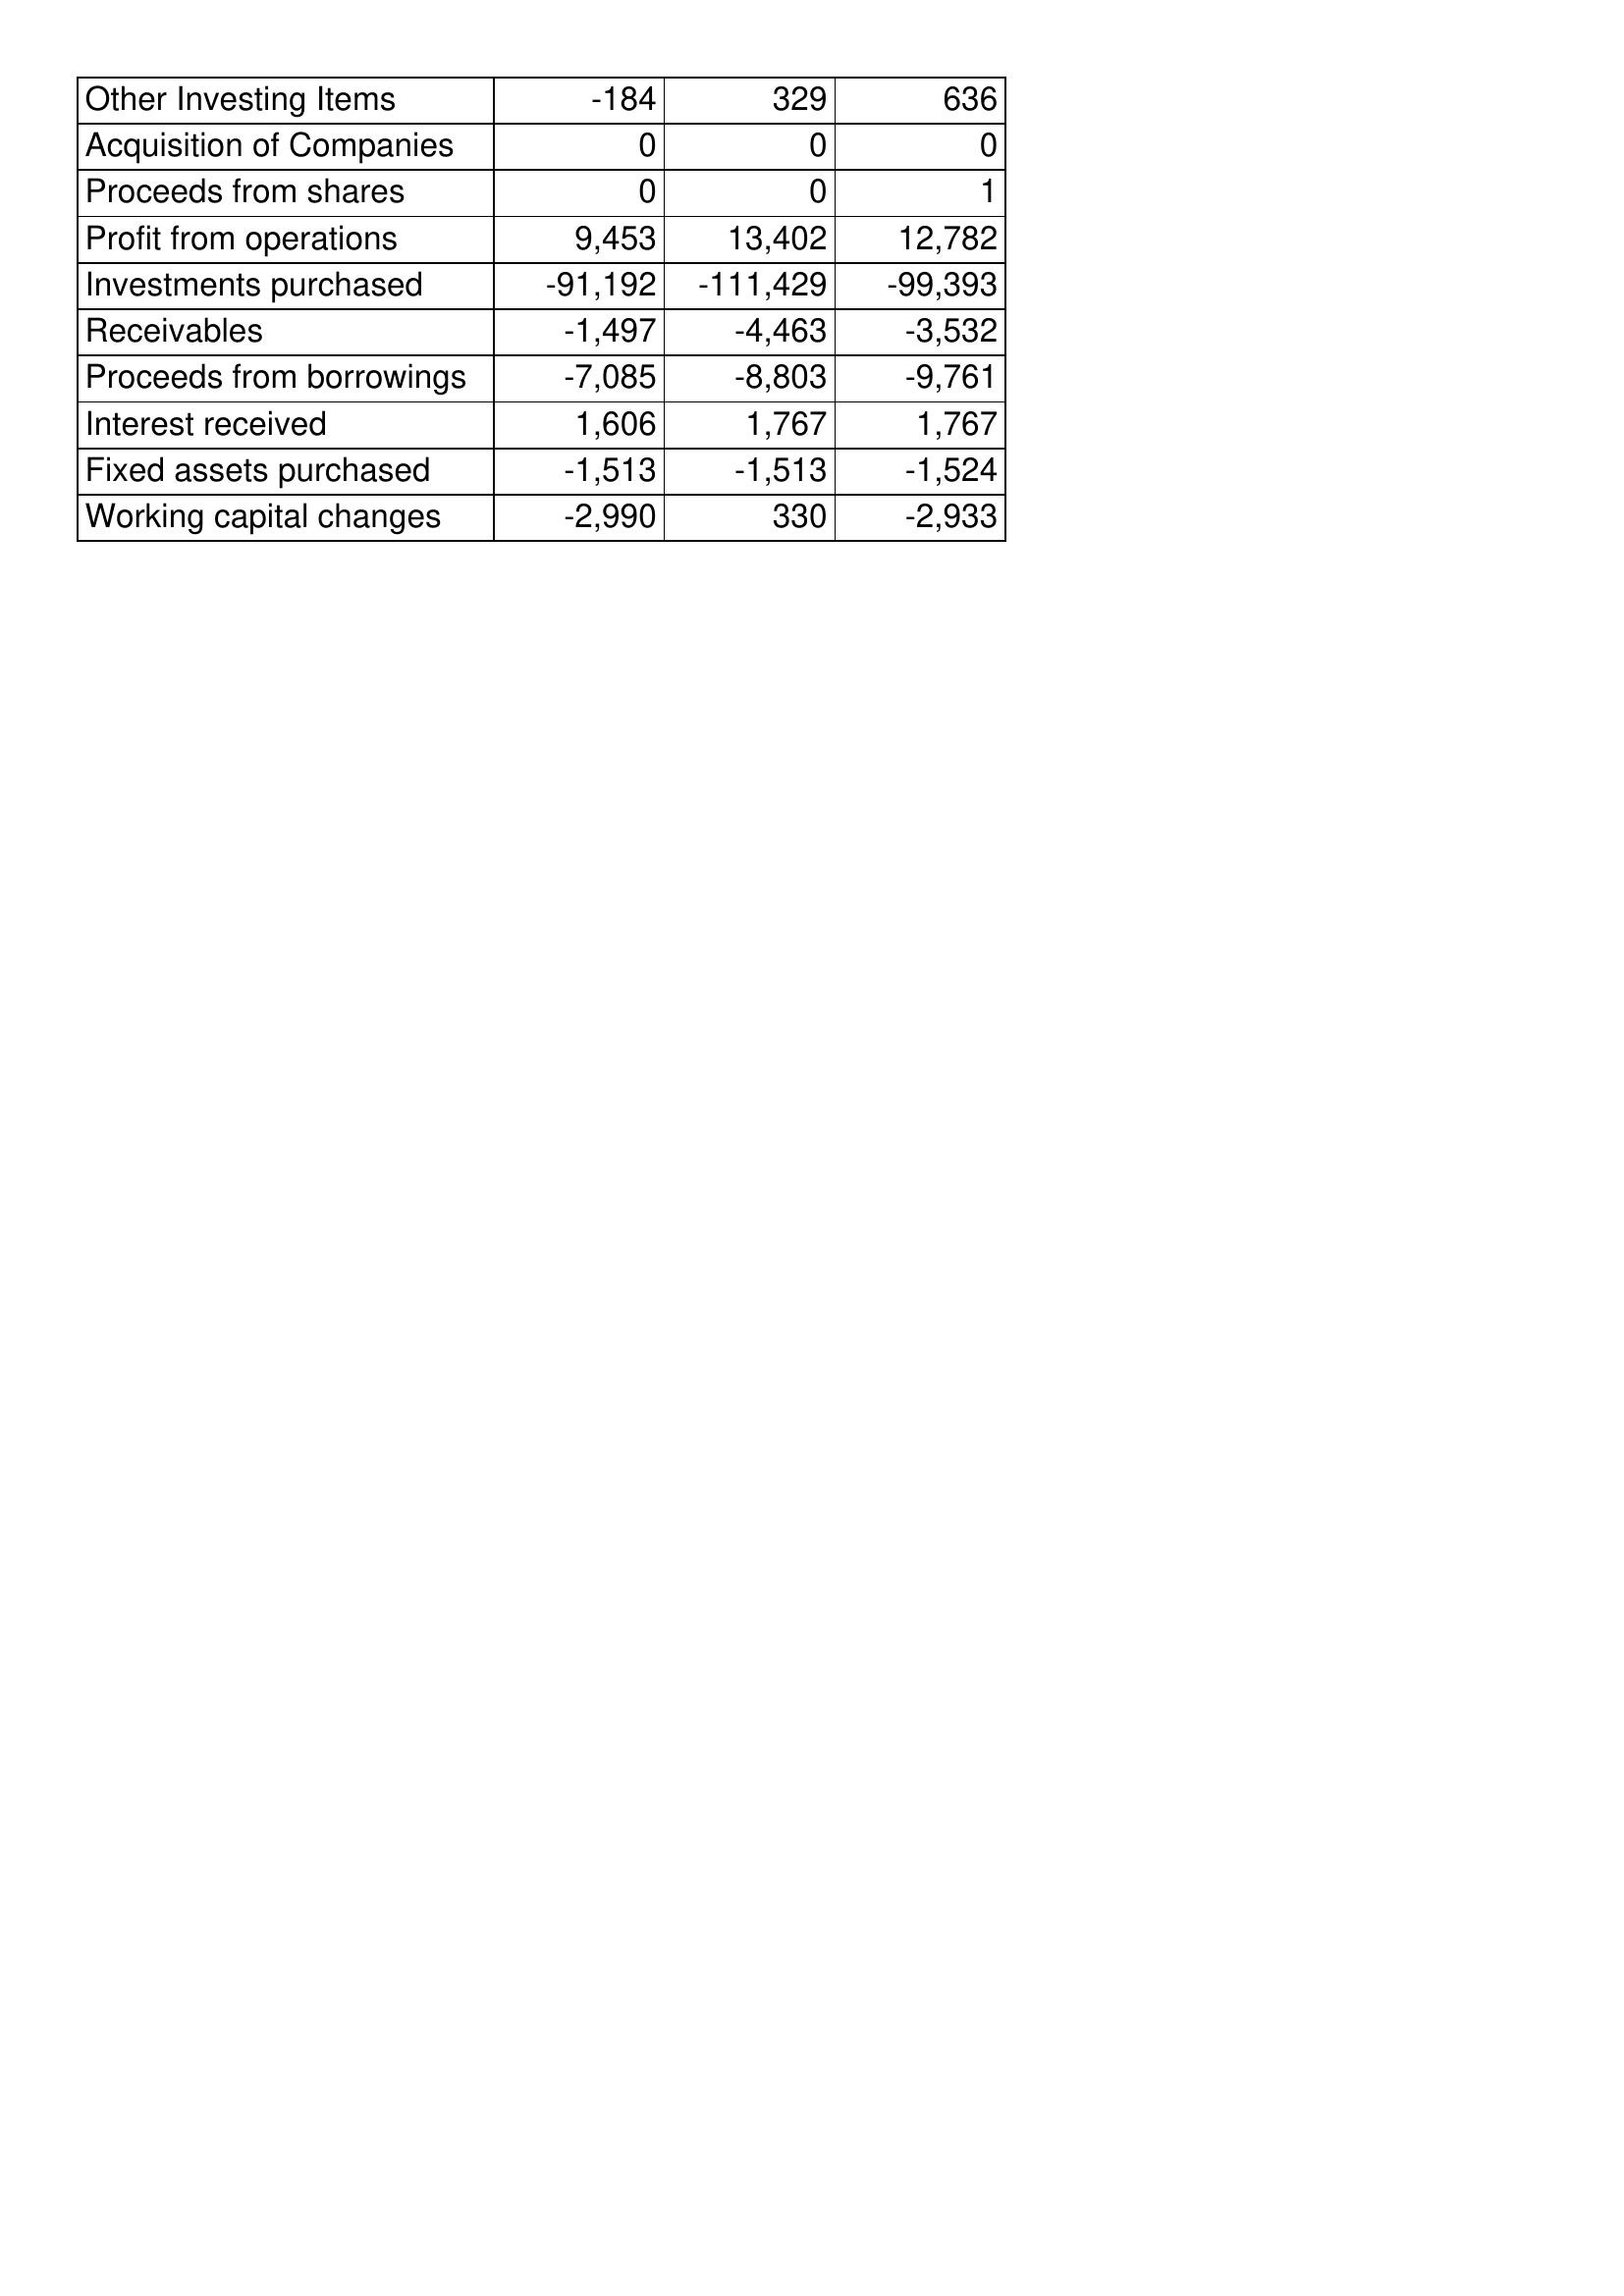
Apr-04: Cash Flows: Other Investing Items: -184
Acquisition of Companies: 0
Proceeds from shares: 0
Profit from operations: 9,453
Investments purchased: -91,192
Receivables: -1,497
Proceeds from borrowings: -7,085
Interest received: 1,606
Fixed assets purchased: -1,513
Working capital changes: -2,990
Apr-03: Cash Flows: Other Investing Items: 329
Acquisition of Companies: 0
Proceeds from shares: 0
Profit from operations: 13,402
Investments purchased: -111,429
Receivables: -4,463
Proceeds from borrowings: -8,803
Interest received: 1,767
Fixed assets purchased: -1,513
Working capital changes: 330
Apr-02: Cash Flows: Other Investing Items: 636
Acquisition of Companies: 0
Proceeds from shares: 1
Profit from operations: 12,782
Investments purchased: -99,393
Receivables: -3,532
Proceeds from borrowings: -9,761
Interest received: 1,767
Fixed assets purchased: -1,524
Working capital changes: -2,933